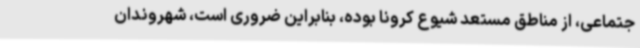
جتماعی، از مناطق مستعد شیوع کرونا بوده، بنابراین ضروری است، شهروندان